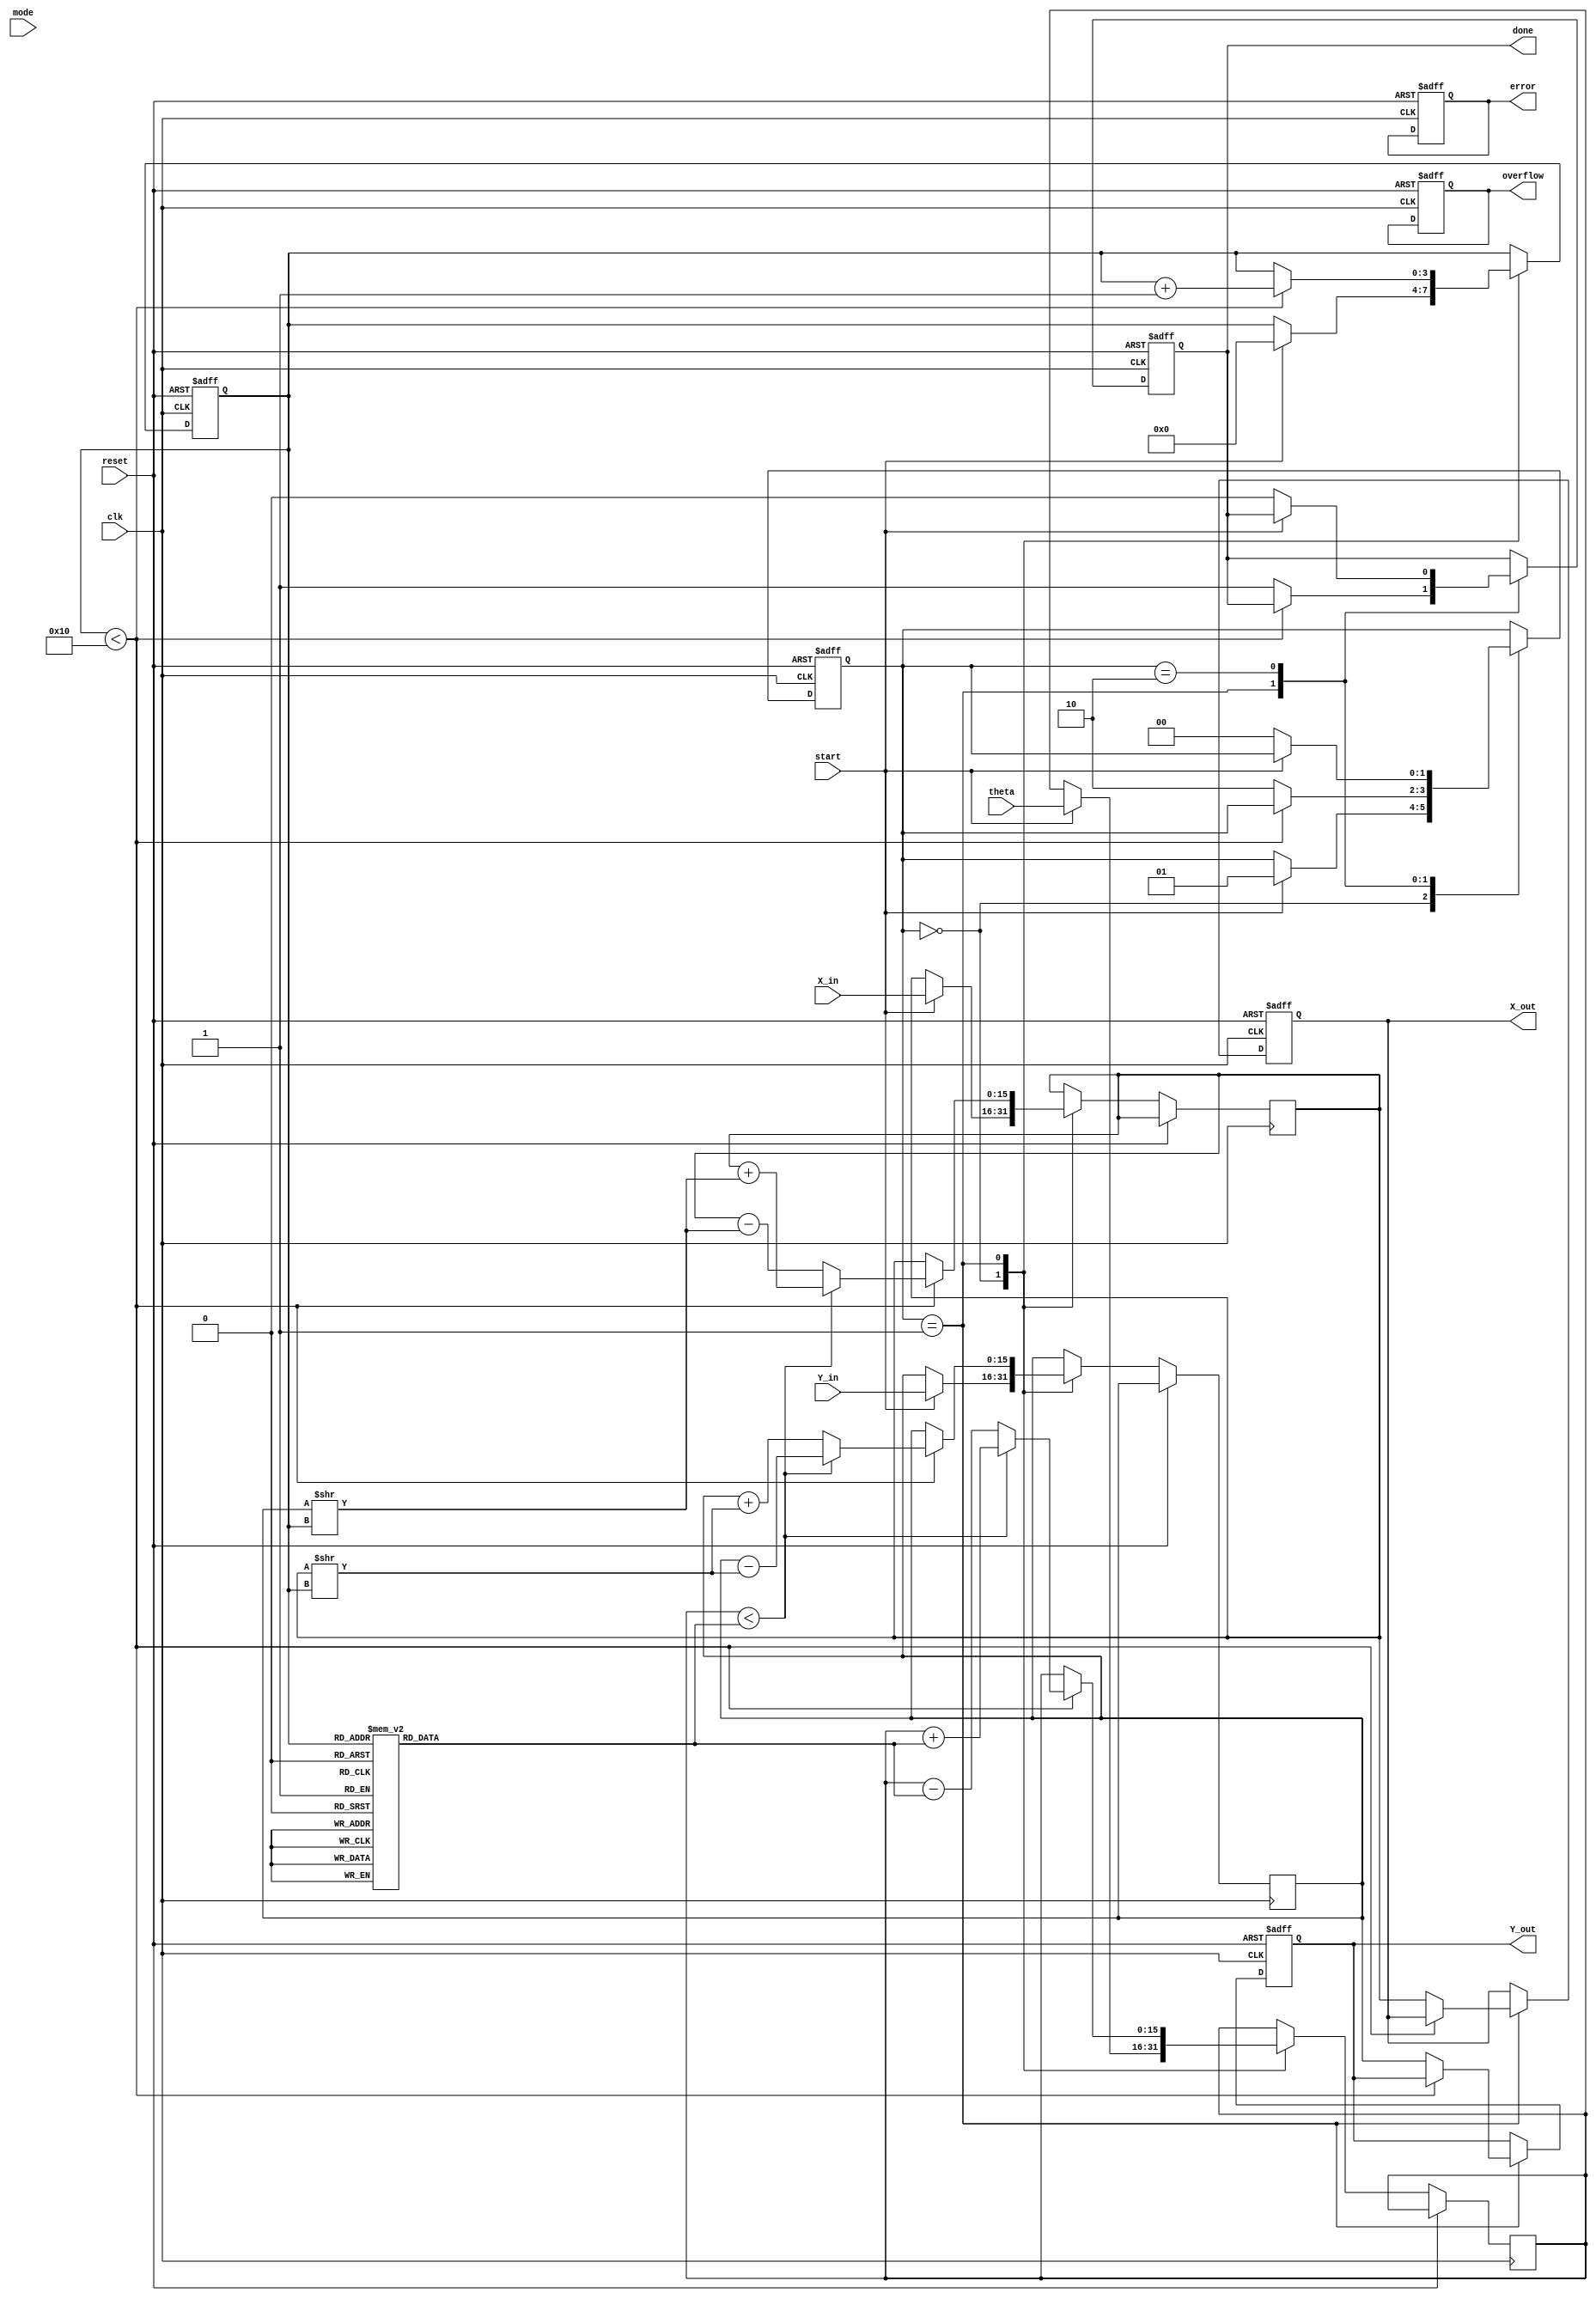
module adaptive_cordic (
    input wire clk,
    input wire reset,
    input wire start,
    input wire [15:0] theta,         // Angle input (in radians, fixed-point)
    input wire [15:0] X_in,          // Initial X coordinate
    input wire [15:0] Y_in,          // Initial Y coordinate
    input wire mode,                 // Operation mode (0: rotation, 1: vectoring)
    output reg [15:0] X_out,         // Output X coordinate
    output reg [15:0] Y_out,         // Output Y coordinate
    output reg done,                 // Completion flag
    output reg overflow,             // Overflow flag
    output reg error                 // Error flag
);

    // Parameters
    parameter NUM_ITERATIONS = 16;   // Number of CORDIC iterations
    parameter ANGLE_LUT_SIZE = 16;    // Size of the angle lookup table

    // Angle lookup table (in fixed-point representation)
    reg [15:0] angle_lut [0:ANGLE_LUT_SIZE-1];
    initial begin
        // Initialize angle lookup table with pre-computed values
        angle_lut[0] = 16'h0000; // atan(2^0)
        angle_lut[1] = 16'h3243; // atan(2^-1)
        angle_lut[2] = 16'h1DAC; // atan(2^-2)
        angle_lut[3] = 16'h1C71; // atan(2^-3)
        angle_lut[4] = 16'h1A62; // atan(2^-4)
        angle_lut[5] = 16'h186A; // atan(2^-5)
        angle_lut[6] = 16'h1723; // atan(2^-6)
        angle_lut[7] = 16'h1655; // atan(2^-7)
        angle_lut[8] = 16'h1593; // atan(2^-8)
        angle_lut[9] = 16'h14D9; // atan(2^-9)
        angle_lut[10] = 16'h1431; // atan(2^-10)
        angle_lut[11] = 16'h1395; // atan(2^-11)
        angle_lut[12] = 16'h130C; // atan(2^-12)
        angle_lut[13] = 16'h128F; // atan(2^-13)
        angle_lut[14] = 16'h1219; // atan(2^-14)
        angle_lut[15] = 16'h11B7; // atan(2^-15)
    end

    // Internal signals
    reg [15:0] x_reg, y_reg;
    reg [15:0] theta_reg;
    reg [3:0] iteration_count;
    reg [3:0] i;
    reg [15:0] angle;
    reg [1:0] state; // FSM state

    // FSM states
    localparam IDLE = 2'b00;
    localparam COMPUTE = 2'b01;
    localparam DONE = 2'b10;

    // Main process
    always @(posedge clk or posedge reset) begin
        if (reset) begin
            // Reset all outputs and internal registers
            X_out <= 16'b0;
            Y_out <= 16'b0;
            done <= 1'b0;
            overflow <= 1'b0;
            error <= 1'b0;
            state <= IDLE;
            iteration_count <= 0;
        end else begin
            case (state)
                IDLE: begin
                    if (start) begin
                        // Initialize registers
                        x_reg <= X_in;
                        y_reg <= Y_in;
                        theta_reg <= theta;
                        iteration_count <= 0;
                        state <= COMPUTE;
                    end
                end

                COMPUTE: begin
                    if (iteration_count < NUM_ITERATIONS) begin
                        // CORDIC rotation logic
                        if (theta_reg < angle_lut[iteration_count]) begin
                            // Rotate counter-clockwise
                            x_reg <= x_reg + (y_reg >> iteration_count);
                            y_reg <= y_reg - (x_reg >> iteration_count);
                            theta_reg <= theta_reg + angle_lut[iteration_count];
                        end else begin
                            // Rotate clockwise
                            x_reg <= x_reg - (y_reg >> iteration_count);
                            y_reg <= y_reg + (x_reg >> iteration_count);
                            theta_reg <= theta_reg - angle_lut[iteration_count];
                        end
                        iteration_count <= iteration_count + 1;
                    end else begin
                        // Finished computation
                        X_out <= x_reg;
                        Y_out <= y_reg;
                        done <= 1'b1;
                        state <= DONE;
                    end
                end

                DONE: begin
                    // Wait for reset or new start signal
                    if (!start) begin
                        state <= IDLE;
                        done <= 1'b0;
                    end
                end
            endcase
        end
    end

endmodule